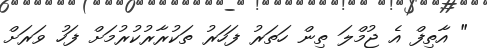
" އާތިފް އެ ޖުމްލަ ތިން ހަތަރު ފަހަރު ތަކުރާރުކުރުމަށް ފަހު ވަރަށް